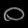
Digit: ၀